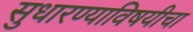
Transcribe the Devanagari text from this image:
सुधारण्याविषयीचा